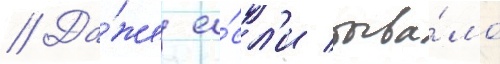
// Да́же е́сл'и быва́ло